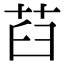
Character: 𦭻